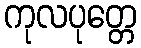
ကုလပုတ္တေ